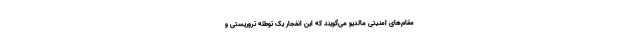
مقام‌های امنیتی مالدیو می‌گویند که این انفجار یک توطئه تروریستی و